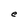
Character: e